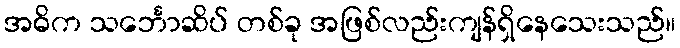
အဓိက သင်္ဘောဆိပ် တစ်ခု အဖြစ်လည်းကျန်ရှိနေသေးသည်။